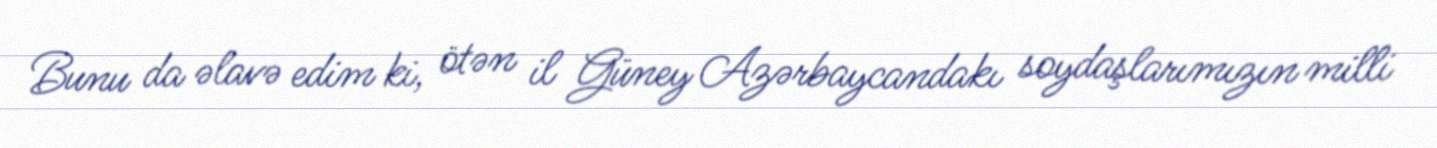
Bunu da əlavə edim ki, ötən il Güney Azərbaycandakı soydaşlarımızın milli